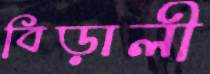
বিড়ালী